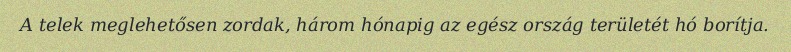
A telek meglehetősen zordak, három hónapig az egész ország területét hó borítja.